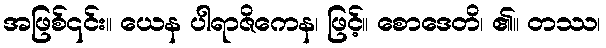
အဖြစ်၎င်း။ ယေန ပါရာဇိကေန၊ ဖြင့်။ စောဒေတိ၊ ၏။ တဿ၊